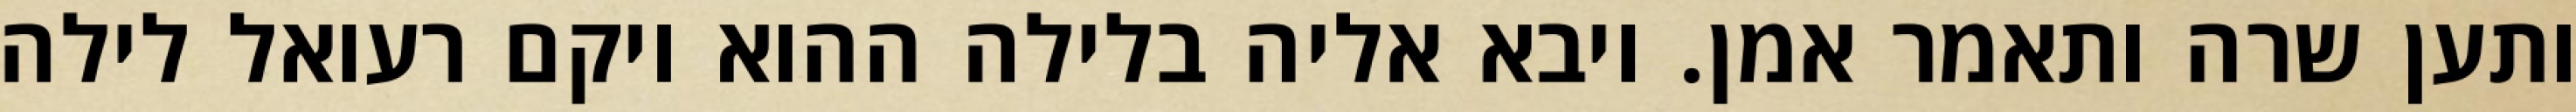
ותען שרה ותאמר אמן. ויבא אליה בלילה ההוא ויקם רעואל לילה